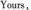
Yours,